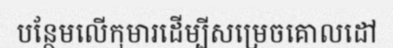
បន្ថែមលើកុមារដើម្បីសម្រេចគោលដៅ